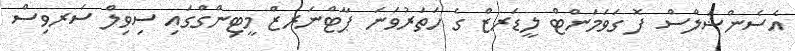
އެސެންޝަލްސް ފޮ ގަވަމަންޓް ލީޑަރޒް ގެ ހަތަރުވަނަ ޕާޓްނަރޒް މީޓިންގްގައި ސިވިލް ސަރވިސް